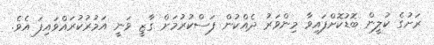
ރަށުގެ ކުލީން ބޮޑުކޮށްފައިވާ މިންވަރު ދެއްކުން ފަސްކުރުމަށް ގާޒީ ވަނީ އަމުރުކުރައްވައިފަ އެވެ.